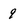
Character: 9